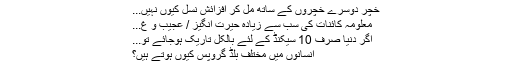
خچر دوسرے خچروں کے ساتھ مل کر افزائش نسل کیوں نہیں...
معلومہ کائنات کی سب سے زیادہ حیرت انگیز / عجیب و غ...
اگر دنیا صرف 10 سیکنڈ کے لئے بالکل تاریک ہوجائے تو...
انسانوں میں مختلف بلڈ گروپس کیوں ہوتے ہیں؟